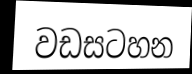
වඩසටහන